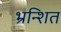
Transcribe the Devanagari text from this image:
भ्रन्शित